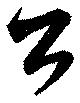
公